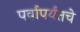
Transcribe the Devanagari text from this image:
पर्वापर्यंतचे